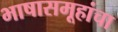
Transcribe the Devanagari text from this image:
भाषासमूहांचा